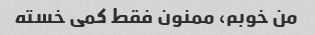
من خوبم، ممنون فقط کمی خسته